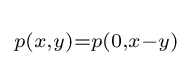
\scriptstyle p(x,y)=p(0,x-y)